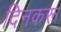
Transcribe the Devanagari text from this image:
दिनकरू